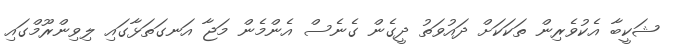
ޝަކީބާ އެކުވެރިން ތަކަކަށް ދައުވަތު ދީގެން ގެނެސް އެންމެން މަޖާ އަނގަތަޅާގައި ލިވިންރޫމްގައި